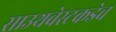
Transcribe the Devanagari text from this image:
साउथवेस्टकडेच